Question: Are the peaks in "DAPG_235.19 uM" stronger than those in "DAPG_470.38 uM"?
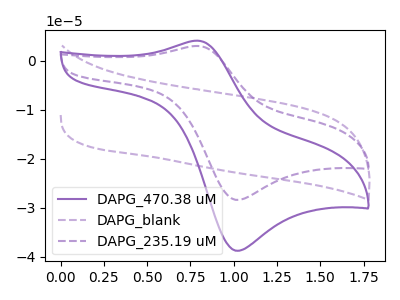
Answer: <think>The purple curve "DAPG_470.38 uM" has an anodic peak at (0.80V, 4.05uA) and a cathodic peak at (1.05V, -38.75uA). The purple dashed curve "DAPG_blank" has no peaks. The purple dashed curve "DAPG_235.19 uM" has an anodic peak at (0.80V, 2.95uA) and a cathodic peak at (1.05V, -28.40uA).</think>
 <answer>Every peak in "DAPG_235.19 uM" is lower than every peak in "DAPG_470.38 uM".</answer>
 <eval>lower</eval>